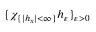
\{ \chi _ { \{ | h _ { x } | < \infty \} } h _ { \varepsilon } \} _ { \varepsilon > 0 }